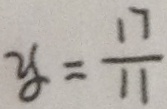
y = \frac { 1 7 } { 1 1 }